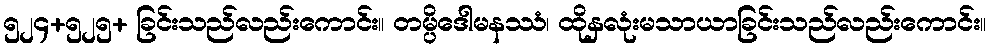
၅၂၄+၅၂၅+ ခြင်းသည်လည်းကောင်း။ တမ္ပိဒေါမနဿံ၊ ထိုနှလုံးမသာယာခြင်းသည်လည်းကောင်း။